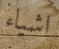
اشياء